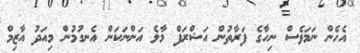
އެހެން ނަމަވެސް ނިހާގެ ފަރާތުން އަޝްރަފް މާލެ އަންނަކަން އެނގުމުން މިއަދު އާޒިމް